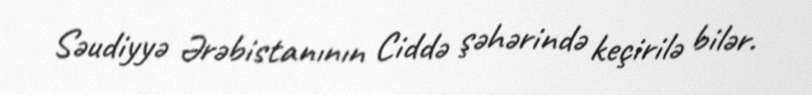
Səudiyyə Ərəbistanının Ciddə şəhərində keçirilə bilər.